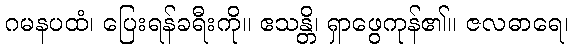
ဂမနပထံ၊ ပြေးရန်ခရီးကို။ ဧသန္တိ၊ ရှာဖွေကုန်၏။ ဇလဓာရေ၊